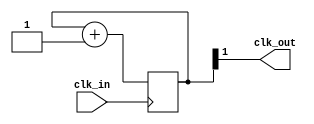
`timescale 1ns / 1ps
//////////////////////////////////////////////////////////////////////////////////
// Module Name:     Clk_Div
// Project Name:    CoinCollector
// Description:     Takes a 100 MHz system clock and reduces the
//                  frequency to 25 MHz in order to be used as the
//                  the pixel clock for VGA. 
//                  
// Revision 0.01 -  File Created
//////////////////////////////////////////////////////////////////////////////////

module Clk_Div
    (
        input  clk_in, 
        output clk_out
    );
    reg [1:0] counter; 
    always@(posedge clk_in)
        begin
            counter <= counter + 1'd1;
        end
    assign clk_out = counter[1]; 
endmodule